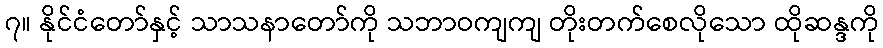
၇။ နိုင်ငံတော်နှင့် သာသနာတော်ကို သဘာဝကျကျ တိုးတက်စေလိုသော ထိုဆန္ဒကို